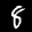
Label: 8